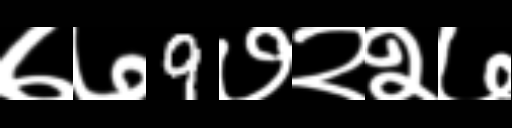
Text: ७७9७२२७